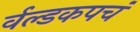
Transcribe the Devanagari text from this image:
र्वल्डकपचं